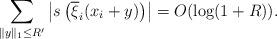
LaTeX: \begin{align*}\sum_{\|y\|_1 \leq R'} \left|s\left(\overline{\xi}_i(x_i + y)\right)\right| = O(\log(1 + R)).\end{align*}